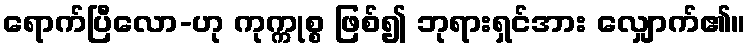
ရောက်ပြီလော-ဟု ကုက္ကုစ္စ ဖြစ်၍ ဘုရားရှင်အား လျှောက်၏။